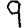
Digit: 9